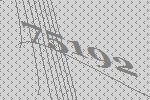
75192